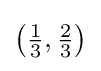
{\textstyle \left({\frac {1}{3}},{\frac {2}{3}}\right)}